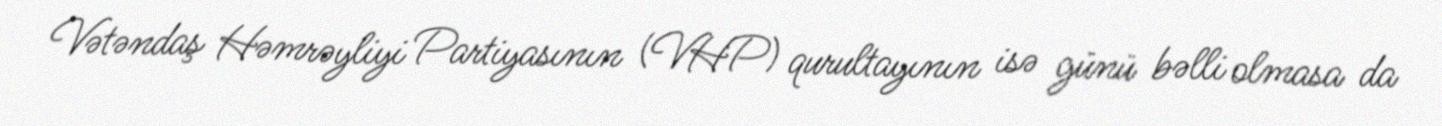
Vətəndaş Həmrəyliyi Partiyasının (VHP) qurultayının isə günü bəlli olmasa da